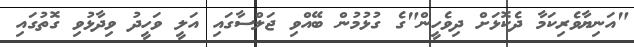
"އަނިޔާވެރިކަމާ ދެކޮޅަށް ދިވެހީން"ގެ ގުޅުމުން ބޭއްވި ޖަލްސާގައި އަލީ ވަހީދު ވިދާޅުވި ގޮތުގައި